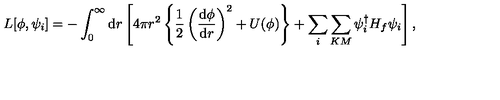
L [ \phi , \psi _ { i } ] = - \int _ { 0 } ^ { \infty } \mathrm { d } r \left[ 4 \pi r ^ { 2 } \left\{ \frac { 1 } { 2 } \left( \frac { \mathrm { d } \phi } { \mathrm { d } r } \right) ^ { 2 } + U ( \phi ) \right\} + \sum _ { i } \sum _ { K M } \psi _ { i } ^ { \dagger } H _ { f } \psi _ { i } \right] ,